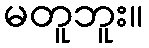
မတူဘူး။